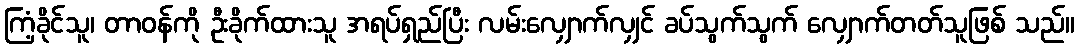
ကြံ့ခိုင်သူ၊ တာဝန်ကို ဦးခိုက်ထားသူ အရပ်ရှည်ပြီး လမ်းလျှောက်လျှင် ခပ်သွက်သွက် လျှောက်တတ်သူဖြစ် သည်။